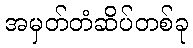
အမှတ်တံဆိပ်တစ်ခု